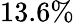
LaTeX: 13.6\%